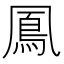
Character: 鳳